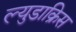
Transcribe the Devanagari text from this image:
ल्युडाक्रिस